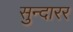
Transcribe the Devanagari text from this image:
सुन्दारर